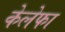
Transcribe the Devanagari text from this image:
केलेफा